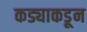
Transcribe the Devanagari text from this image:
कड्याकडून